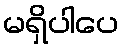
မရှိပါပေ